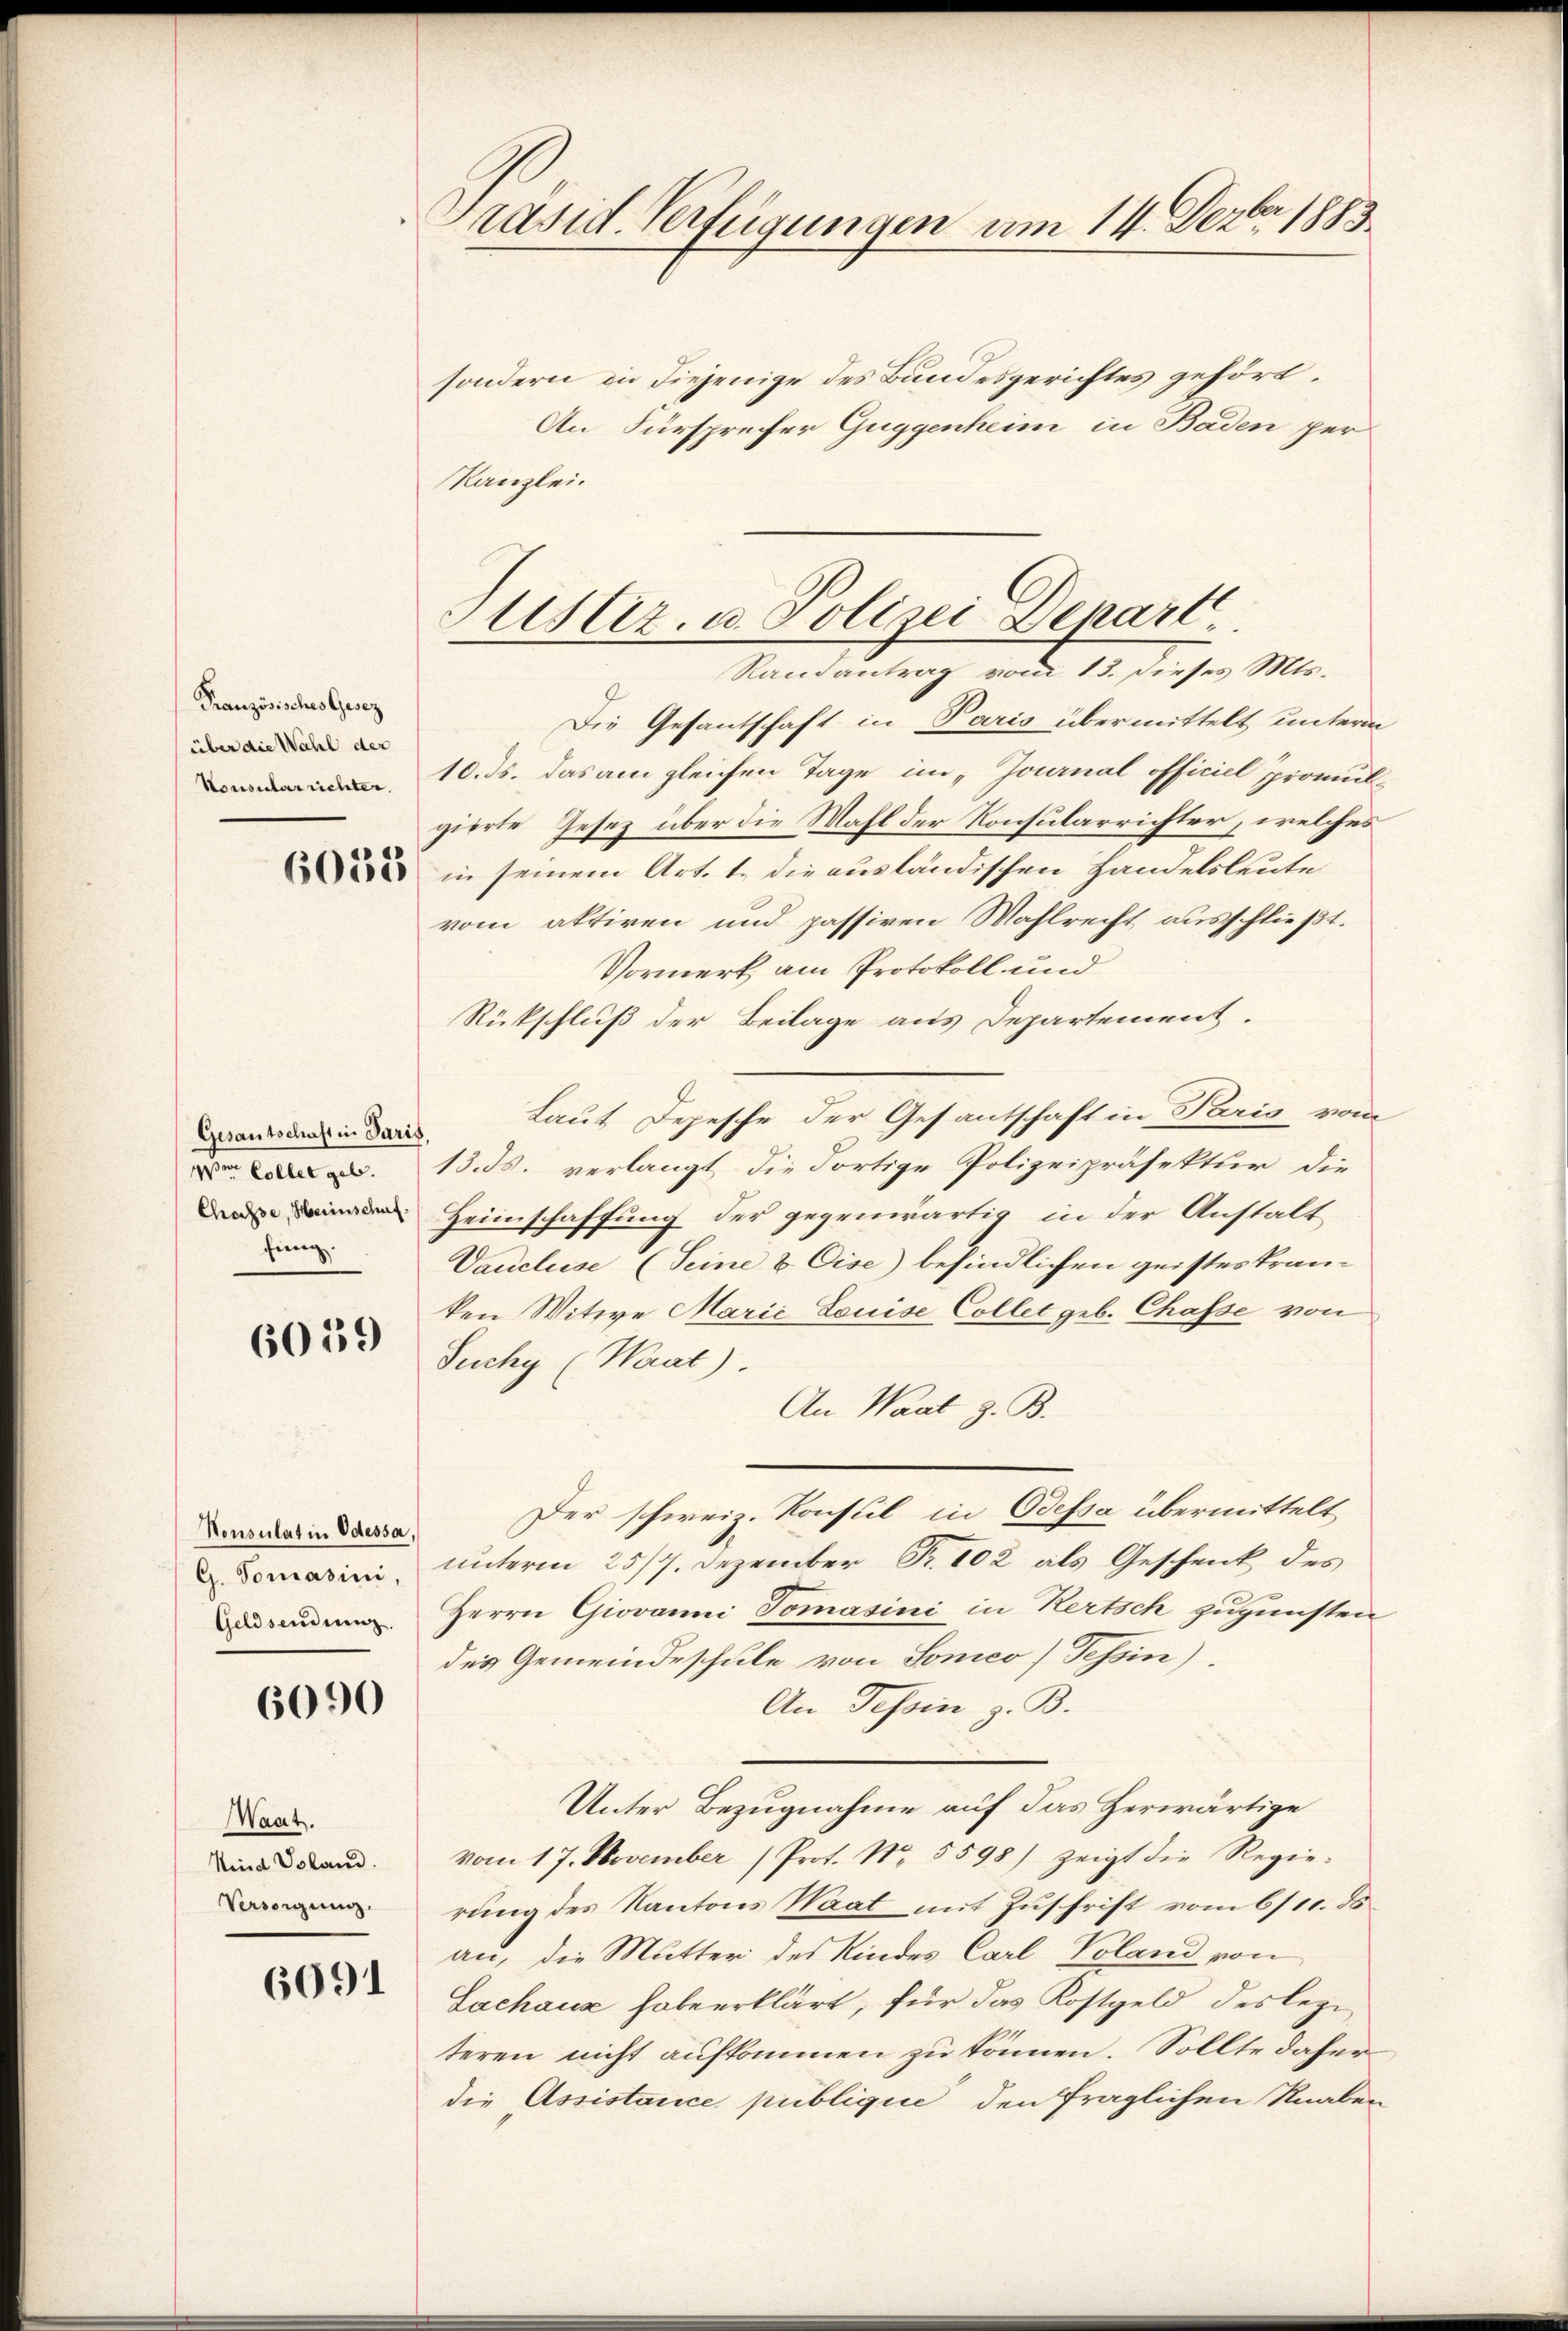
Französisches Gesez
über die Wahl der
Konsularrichter.

6055

Gesantschaften Paris
ve Collet geb.
Chasse, Herinschuf.
fing

6059

Konsulat in Odessa,
G. Tomasini,
Geldsendung.

6090

Want.
Kind Voland.
Versorgung.

6091

Präsid. Verfügungen am 14. Dezbr 1883.

sondern in diejenige des Bundesgerichtes gehört
An Fürsprecher Guggenheim in Baden per
Kanzlei.

Fister. u. Polizei Depart.
Randantrag vom 13. dieses Mts.

Die Gesantschaft in Paris übermittelt unterm
10. ds. das am gleichen Tage im „Journal officiel promulgierte Gesetz über die Mahl der Konsularrichter, welches
in seinem Art. 1. die ausländischen Handelsleute
vom aktiren und passiven Mahlrecht ausschließt.
Vormerk am Protokoll und
Rückschluß der Beilage aus Departement.
Laut Depesche der Gesantschaft in Paris vom
13. ds. verlangt, die dortige Polizeipräsektur die
Heimschaffung der gegenwärtig in der Anstalt
Vaucluse (Seine & Cise) befindlichen geistes Kranken Witwe Marić Louise Collet geb. Chasse von
Suchy (Waat).
An Waal z. B.
Der schweiz. Konsul in Odessa übermittelt
unterm 25/7. Dezember Fr. 102 als Geschenk des
Herrn Giovanni Tomasini in Kertsch zugunsten
des Gemeindeschule von Soneo (Tessin).
An Tessin z. B.
Unter Bezugnahme auf das Herwärtige
vom 17. November (Prot. No. 5598) zeigt die Regie-
rung des Kantons Waat mit Zuschrift vom 6/10. ds
an, die Mutter des Kindes Carl Voland von
Lachaus habe erklärt, für das Kostgeld des legiteren nicht aufkommen zu können. Sollte daher
die Assistance publique, den fraglichen Knaben